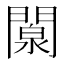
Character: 闎